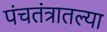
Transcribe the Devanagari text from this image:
पंचतंत्रातल्या